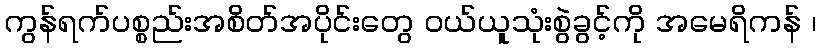
ကွန်ရက်ပစ္စည်းအစိတ်အပိုင်းတွေ ဝယ်ယူသုံးစွဲခွင့်ကို အမေရိကန် ၊